Lunatic asylums Punjab 1881-1894 - 1881-1894
Year: 1881
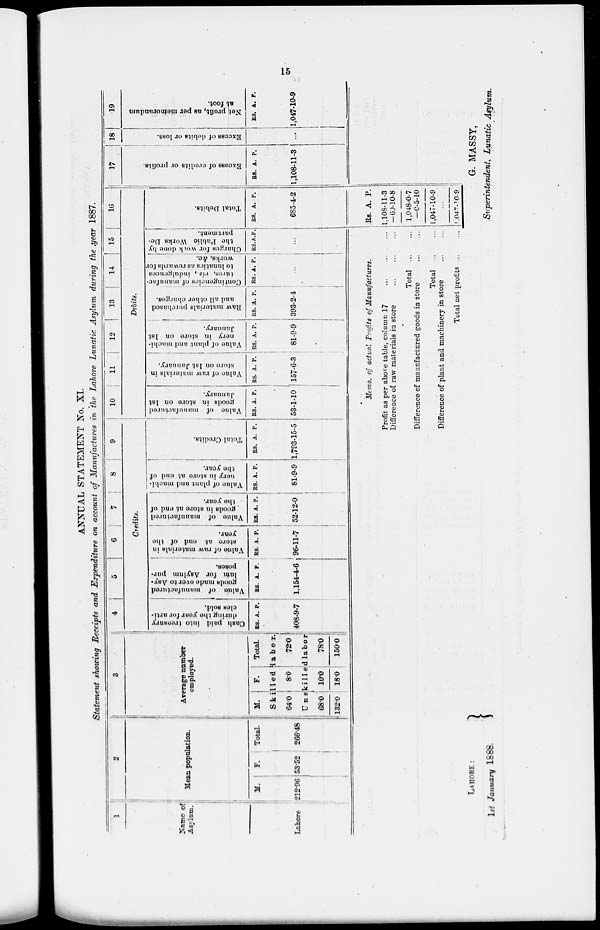
15
ANNUAL STATEMENT No. XI.
Statement showing Receipts and Expenditure on account of Manufactures in the Lahore Lunatic Asylum during the year 1887.
1
Name of
Asylum.
Lahore
2
Mean population.
M.
212.96
F.
53.52
Total.
266.48
3
Average number
employed.
M. F. Total.
Skilled
labor
640
8.0
72.0
Unskilled labor
68.0
132.0
10.0
18.0
78.0
150.0
4
5
6
7
8 9
Credits.
Cash paid into treasury
during the year for arti-
cles sold.
RS.
408
A.
9
P.
7
Value of manufactured
goods made over to Asy-
lum for Asylum pur-
poses.
Rs.
1,154
A.
4
P.
6
Value of raw materials in
store
at end of the
year.
RS.
96
A.
11
P.
7
Value of
manufactured
goods in store at end of
the year.
Rs.
52
A.
12
P.
0
Value of plant, and machi-
nery in store at end of
the year.
Rs.
81
A.
9
P.
9
Total Credits.
Rs.
1,793
A.
15
P.
5
10
11
12
13
14
15
16
Debits.
Value
of manufactured
goods in store on 1st
January.
Rs.
53
A
1
P.
10
Value
of raw materials in
store
on 1st January.
Rs.
157
A.
6
p.
3
Value
of plant and machi-
nery in store on 1st
January.
Rs.
81
A.
9
P.
9
Raw materials purchased
and all other charges.
Rs.
393
A.
2
P.
4
Contingencies of manufac-
tures, viz., indulgences
to lunatics as rewards for
works, &c.
Rs. A. P.
...
Charges for woik done by
the Pnblio Works De-
partment.
Rs. A P.
...
Total Debits.
Rs.
685
A.
4
P.
2
17
Excess of credits or profits.
Rs.
1,108
A.
11
P.
3
18
Excess of debits or loss.
...
19
Net profit, as per memorandum
at foot.
Rs.
1,045
A.
10
P.
9
Memo, of actual Profits of Manufactures.
Profit as per above table, column 17 ... ... ... ...
Difference of raw materials in store ... ... ... ...
Total ... ...
Difference of manufactured goods in store ... ...
Total
...
...
Difference of plant and machinery in store ... ...
Total net profits ... ...
Rs.
1,108
—60
1,048
—6
1,047
A.
11
10
0
5
10
P.
3
8
7
10
9
...
1,047
10 9
LAHORE:
1st January 1888.
G. MASSY,
Superintendent, Lunatic Asylum.